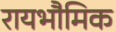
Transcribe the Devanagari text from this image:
रायभौमिक